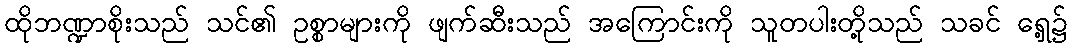
ထိုဘဏ္ဍာစိုးသည် သင်၏ ဥစ္စာများကို ဖျက်ဆီးသည် အကြောင်းကို သူတပါးတို့သည် သခင် ရှေ့၌